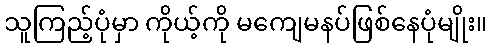
သူကြည့်ပုံမှာ ကိုယ့်ကို မကျေမနပ်ဖြစ်နေပုံမျိုး။